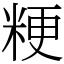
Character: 粳